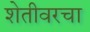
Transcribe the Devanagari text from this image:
शेतीवरचा